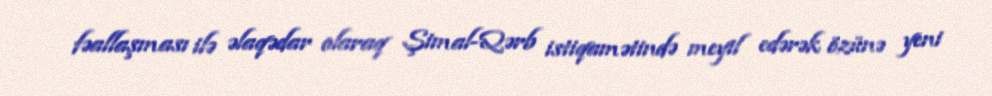
fəallaşması ilə əlaqədar olaraq Şimal-Qərb istiqamətində meyil edərək özünə yeni